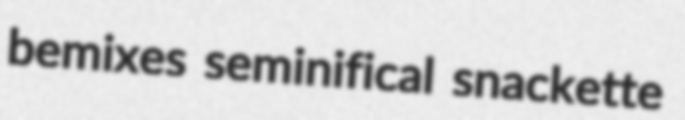
bemixes seminifical snackette